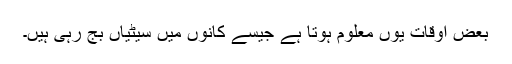
بعض اوقات یوں معلوم ہوتا ہے جیسے کانوں میں سیٹیاں بج رہی ہیں۔